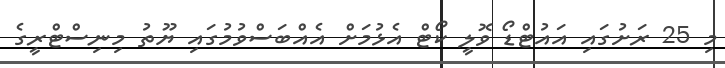
މި 25 ރަށުގައި އައުޓްޑޯ ވޮލީ ކޯޓް އެޅުމަށް އެއްބަސްވުމުގައި ޔޫތު މިނިސްޓްރީގެ